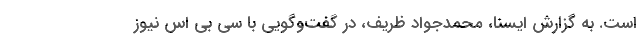
است. به گزارش ایسنا، محمدجواد ظریف، در گفت‌وگویی با سی بی اس نیوز